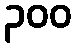
၃၀၀